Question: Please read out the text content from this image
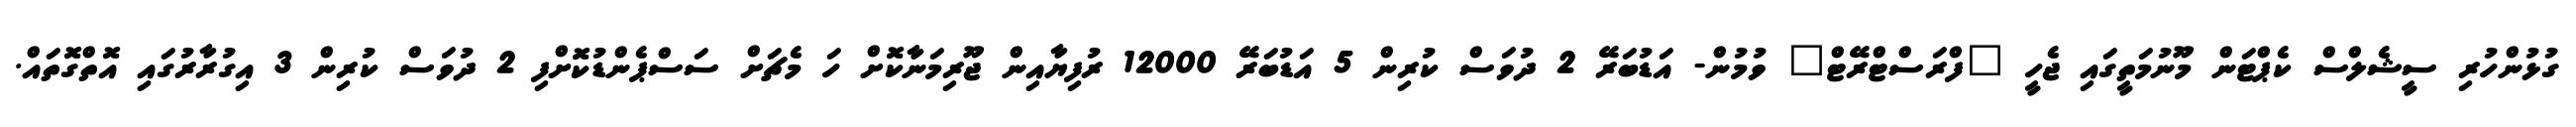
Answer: ގުޅުންހުރި ސީޝެލްސް ކެޕްޓަން މޫނުމަތީގައި ޖެހީ "ފްރަސްޓްރޭޓް" ވުމުން- އަޑުބަރޭ 2 ދުވަސް ކުރިން 5 އަޑުބަރޭ 12000 ރުފިޔާއިން ޖޫރިމަނާކޮށް ހަ މެޗަށް ސަސްޕެންޑުކޮށްފި 2 ދުވަސް ކުރިން 3 އިގުރާރުގައި އޮތްގޮތައް.